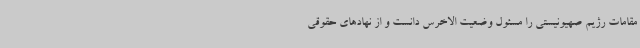
مقامات رژیم صهیونیستی را مسئول وضعیت الاخرس دانست و از نهادهای حقوقی